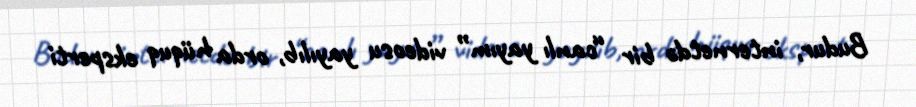
Budur, internetdə bir “canlı yayım” videosu yayılıb, orda hüquq eksperti